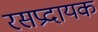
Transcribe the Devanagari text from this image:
रसप्रदायक